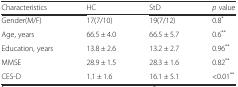
<table><thead><tr><td><b>Characteristics</b></td><td><b>HC</b></td><td><b>StD</b></td><td><b><i>p</i> value</b></td></tr></thead><tbody><tr><td>Gender(M/F)</td><td>17(7/10)</td><td>19(7/12)</td><td>0.8<sup>*</sup></td></tr><tr><td>Age, years</td><td>66.5 ± 4.0</td><td>66.5 ± 5.7</td><td>0.6<sup>**</sup></td></tr><tr><td>Education, years</td><td>13.8 ± 2.6</td><td>13.2 ± 2.7</td><td>0.96<sup>**</sup></td></tr><tr><td>MMSE</td><td>28.9 ± 1.5</td><td>28.3 ± 1.6</td><td>0.82<sup>**</sup></td></tr><tr><td>CES-D</td><td>1.1 ± 1.6</td><td>16.1 ± 5.1</td><td>&lt;0.01<sup>**</sup></td></tr></tbody></table>